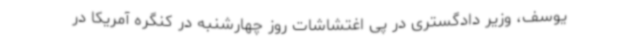
یوسف، وزیر دادگستری در پی اغتشاشات روز چهارشنبه در کنگره آمریکا در